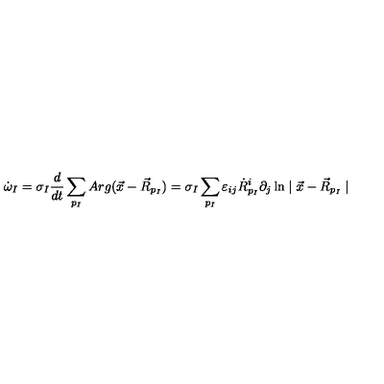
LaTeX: \dot { \omega } _ { I } = \sigma _ { I } \frac { d } { d t } \sum _ { p _ { I } } A r g ( \vec { x } - \vec { R } _ { p _ { I } } ) = \sigma _ { I } \sum _ { p _ { I } } \varepsilon _ { i j } \dot { R } _ { p _ { I } } ^ { i } \partial _ { j } \ln \mid \vec { x } - \vec { R } _ { p _ { I } } \mid